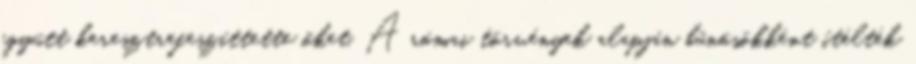
együtt keresztrefeszíttette őket. A római törvények alapján bűnösökként ítélték